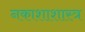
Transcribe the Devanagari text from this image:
नकाशाशास्त्र